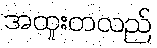
အထူးတလည်